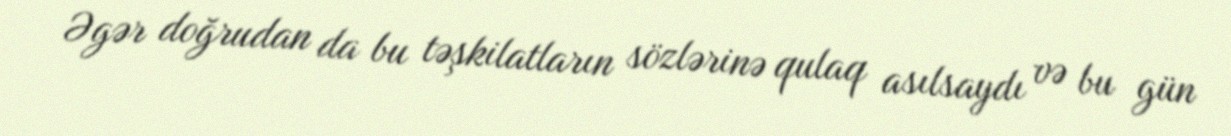
Əgər doğrudan da bu təşkilatların sözlərinə qulaq asılsaydı və bu gün